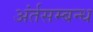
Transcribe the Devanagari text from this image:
अंर्तसम्बन्ध